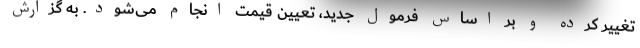
تغییر کرده و بر اساس فرمول جدید، تعیین قیمت انجام می‌شود. به گزارش